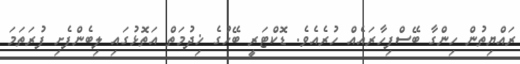
ރައްޔިތުން ހިންގާ ބޭސްފިހާރައެއް ހުރެއެވެ. ޑޮކްޓަރީ ބޭހުގެ ޚިދުމަތް އަތޮޅުގައި ލިބެންފެށި ފުރަތަމަ